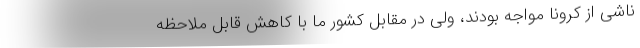
ناشی از کرونا مواجه بودند، ولی در مقابل کشور ما با کاهش قابل ملاحظه